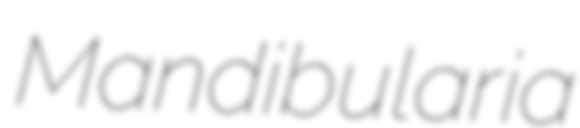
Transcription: Mandibularia